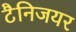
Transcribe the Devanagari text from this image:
टैनिजयर